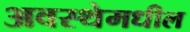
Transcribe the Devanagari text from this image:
अवस्थेमधील